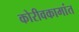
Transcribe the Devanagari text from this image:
कोरीवकामांत